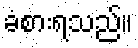
ခံစားရသည်။